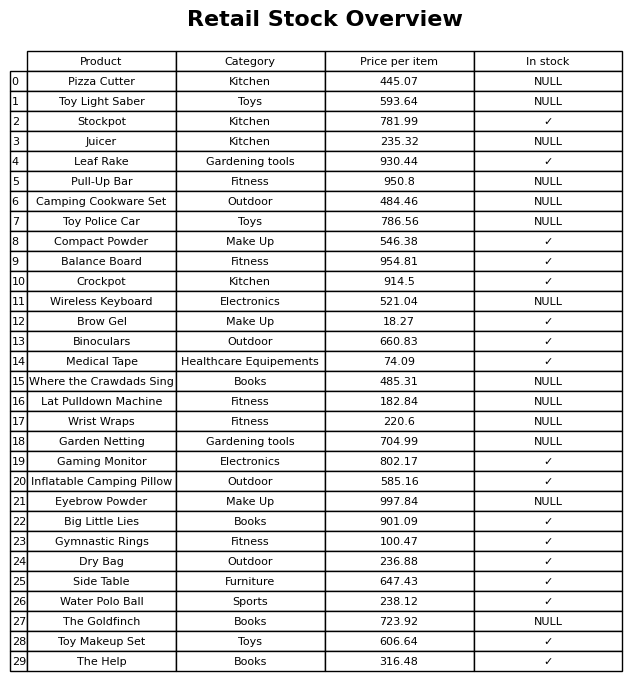
question: Is the Pizza Cutter in stock?
answer: NULL